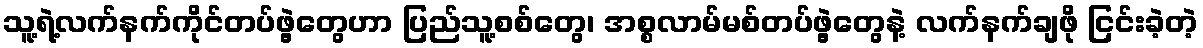
သူ့ရဲ့လက်နက်ကိုင်တပ်ဖွဲ့တွေဟာ ပြည်သူ့စစ်တွေ၊ အစ္စလာမ်မစ်တပ်ဖွဲ့တွေနဲ့ လက်နက်ချဖို ငြင်းခဲ့တဲ့